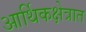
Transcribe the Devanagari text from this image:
आर्थिकक्षेत्रात